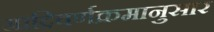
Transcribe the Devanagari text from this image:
आदिवर्णक्रमानुसार